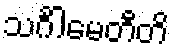
သင်္ဂါမေတီတိ